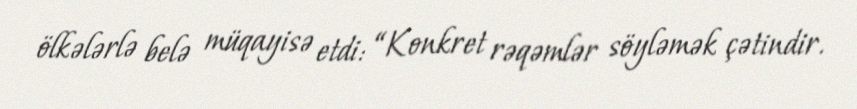
ölkələrlə belə müqayisə etdi: “Konkret rəqəmlər söyləmək çətindir.